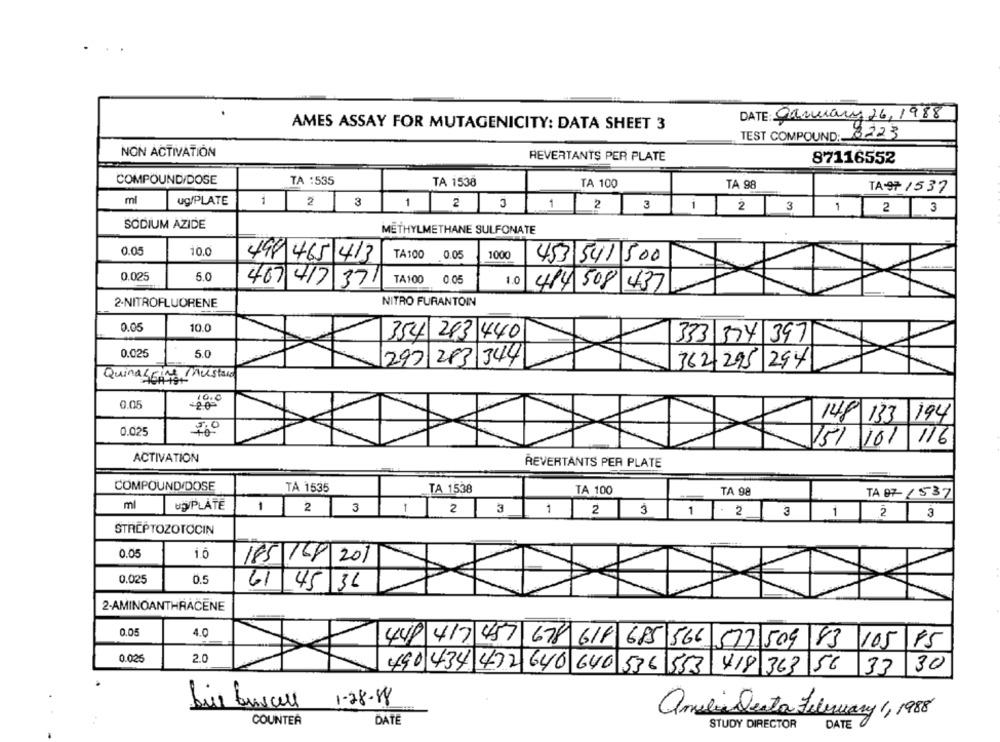
DATE: January 26,1988
AMES ASSAY FOR MUTAGENICITY: DATA SHEET 3
TEST COMPOUND: 8223
NON ACTIVATION
REVERTANTS PER PLATE
87116552
COMPOUND/DOSE
TA :535
TA 1538
TA 100
TA 98
TA9 /537
ml
ug/PLATE
2
3
1
2 3
1
1 2 3
2 3
1 2 3
SODIUM AZIDE
METHYLMETHANE SULFONATE
0.05
10.0
498 465 413
TA100
0.05
1000
453 541 500
0.025
5.0
TA100
0 05
1.0
407 417 371
484 508 437
2-NITROFLUORENE
NITRO FURANTOIN
0.05
10.0
354 243 440
333 374 397
0.025
5.0
297 283 344
362295 294
QuinasEine Mustard
0.05
148/ 133 194
0.025
151 101 116
ACTIVATION
REVERTANTS PER PLATE
COMPOUND/DOSE
TÅ 1535
TA 1538
TA 100
TA 98
TA 07-/ 537
ml
Up/PLATE
1
2 3
2
3
1
2
3
1
1 - 2
2 3
STREPTOZOTOCIN
0.05
185/168 201
0.025
0.5
61 45 36
2-AMINOANTHRACENE
4.0
448 417 457 678 618 685 566 577 509 83 105 75
0.025
2.0
490 434 472 640 640 536 553 418 363 56 33 30
5
1-28-88
amelia Desta Filemary 1, 198
COUNTER
DATE
STUDY DIRECTOR